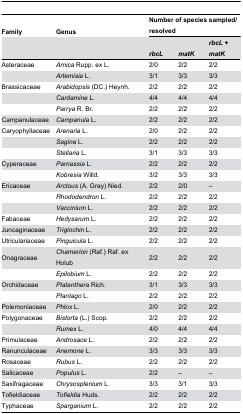
<table><thead><tr><td><b>Family</b></td><td><b>Genus</b></td><td colspan="3"><b>Number of species sampled/resolved</b></td></tr><tr><td></td><td></td><td><b><i>rbcL</i></b></td><td><b><i>matK</i></b></td><td><b><i>rbcL</i> + <i>matK</i></b></td></tr></thead><tbody><tr><td>Asteraceae</td><td><i>Arnica</i> Rupp. ex L.</td><td>2/0</td><td>2/2</td><td>2/2</td></tr><tr><td></td><td><i>Artemisia</i> L.</td><td>3/1</td><td>3/3</td><td>3/3</td></tr><tr><td>Brassicaceae</td><td><i>Arabidopsis</i> (DC.) Heynh.</td><td>2/2</td><td>2/2</td><td>2/2</td></tr><tr><td></td><td><i>Cardamine</i> L.</td><td>4/4</td><td>4/4</td><td>4/4</td></tr><tr><td></td><td><i>Parrya</i> R. Br.</td><td>2/2</td><td>2/2</td><td>2/2</td></tr><tr><td>Campanulaceae</td><td><i>Campanula</i> L.</td><td>2/2</td><td>2/2</td><td>2/2</td></tr><tr><td>Caryophyllaceae</td><td><i>Arenaria</i> L.</td><td>2/0</td><td>2/2</td><td>2/2</td></tr><tr><td></td><td><i>Sagina</i> L.</td><td>2/2</td><td>2/2</td><td>2/2</td></tr><tr><td></td><td><i>Stellaria</i> L.</td><td>3/1</td><td>3/3</td><td>3/3</td></tr><tr><td>Cyperaceae</td><td><i>Parnassia</i> L.</td><td>2/2</td><td>2/2</td><td>2/2</td></tr><tr><td></td><td><i>Kobresia</i> Willd.</td><td>3/2</td><td>3/3</td><td>3/3</td></tr><tr><td>Ericaceae</td><td><i>Arctous</i> (A. Gray) Nied.</td><td>2/2</td><td>2/0</td><td>–</td></tr><tr><td></td><td><i>Rhododendron</i> L.</td><td>2/2</td><td>2/2</td><td>2/2</td></tr><tr><td></td><td><i>Vaccinium</i> L.</td><td>2/2</td><td>2/2</td><td>2/2</td></tr><tr><td>Fabaceae</td><td><i>Hedysarum</i> L.</td><td>2/2</td><td>2/2</td><td>2/2</td></tr><tr><td>Juncaginaceae</td><td><i>Triglochin</i> L.</td><td>2/2</td><td>2/2</td><td>2/2</td></tr><tr><td>Utriculariaceae</td><td><i>Pinguicula</i> L.</td><td>2/2</td><td>2/2</td><td>2/2</td></tr><tr><td>Onagraceae</td><td><i>Chamerion</i> (Raf.) Raf. ex Holub</td><td>2/2</td><td>2/2</td><td>2/2</td></tr><tr><td></td><td><i>Epilobium</i> L.</td><td>2/2</td><td>2/2</td><td>2/2</td></tr><tr><td>Orchidaceae</td><td><i>Platanthera</i> Rich.</td><td>3/1</td><td>3/3</td><td>3/3</td></tr><tr><td></td><td><i>Plantago</i> L.</td><td>2/2</td><td>2/2</td><td>2/2</td></tr><tr><td>Polemoniaceae</td><td><i>Phlox</i> L.</td><td>2/0</td><td>2/2</td><td>2/2</td></tr><tr><td>Polygonaceae</td><td><i>Bistorta</i> (L.) Scop.</td><td>2/2</td><td>2/2</td><td>2/2</td></tr><tr><td></td><td><i>Rumex</i> L.</td><td>4/0</td><td>4/4</td><td>4/4</td></tr><tr><td>Primulaceae</td><td><i>Androsace</i> L.</td><td>2/2</td><td>2/2</td><td>2/2</td></tr><tr><td>Ranunculaceae</td><td><i>Anemone</i> L.</td><td>3/3</td><td>3/3</td><td>3/3</td></tr><tr><td>Rosaceae</td><td><i>Rubus</i> L.</td><td>2/2</td><td>2/2</td><td>2/2</td></tr><tr><td>Salicaceae</td><td><i>Populus</i> L.</td><td>2/2</td><td>–</td><td>–</td></tr><tr><td>Saxifragaceae</td><td><i>Chrysosplenium</i> L.</td><td>3/3</td><td>3/1</td><td>3/3</td></tr><tr><td>Tofieldiaceae</td><td><i>Tofieldia</i> Huds.</td><td>2/2</td><td>2/2</td><td>2/2</td></tr><tr><td>Typhaceae</td><td><i>Sparganium</i> L.</td><td>2/2</td><td>2/2</td><td>2/2</td></tr></tbody></table>